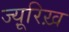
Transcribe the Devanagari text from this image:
ज्यू़रिख़